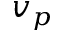
v _ { p }